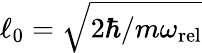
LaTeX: \ell_{0}=\sqrt{2\hbar/m\omega_{\mathrm{rel}}}